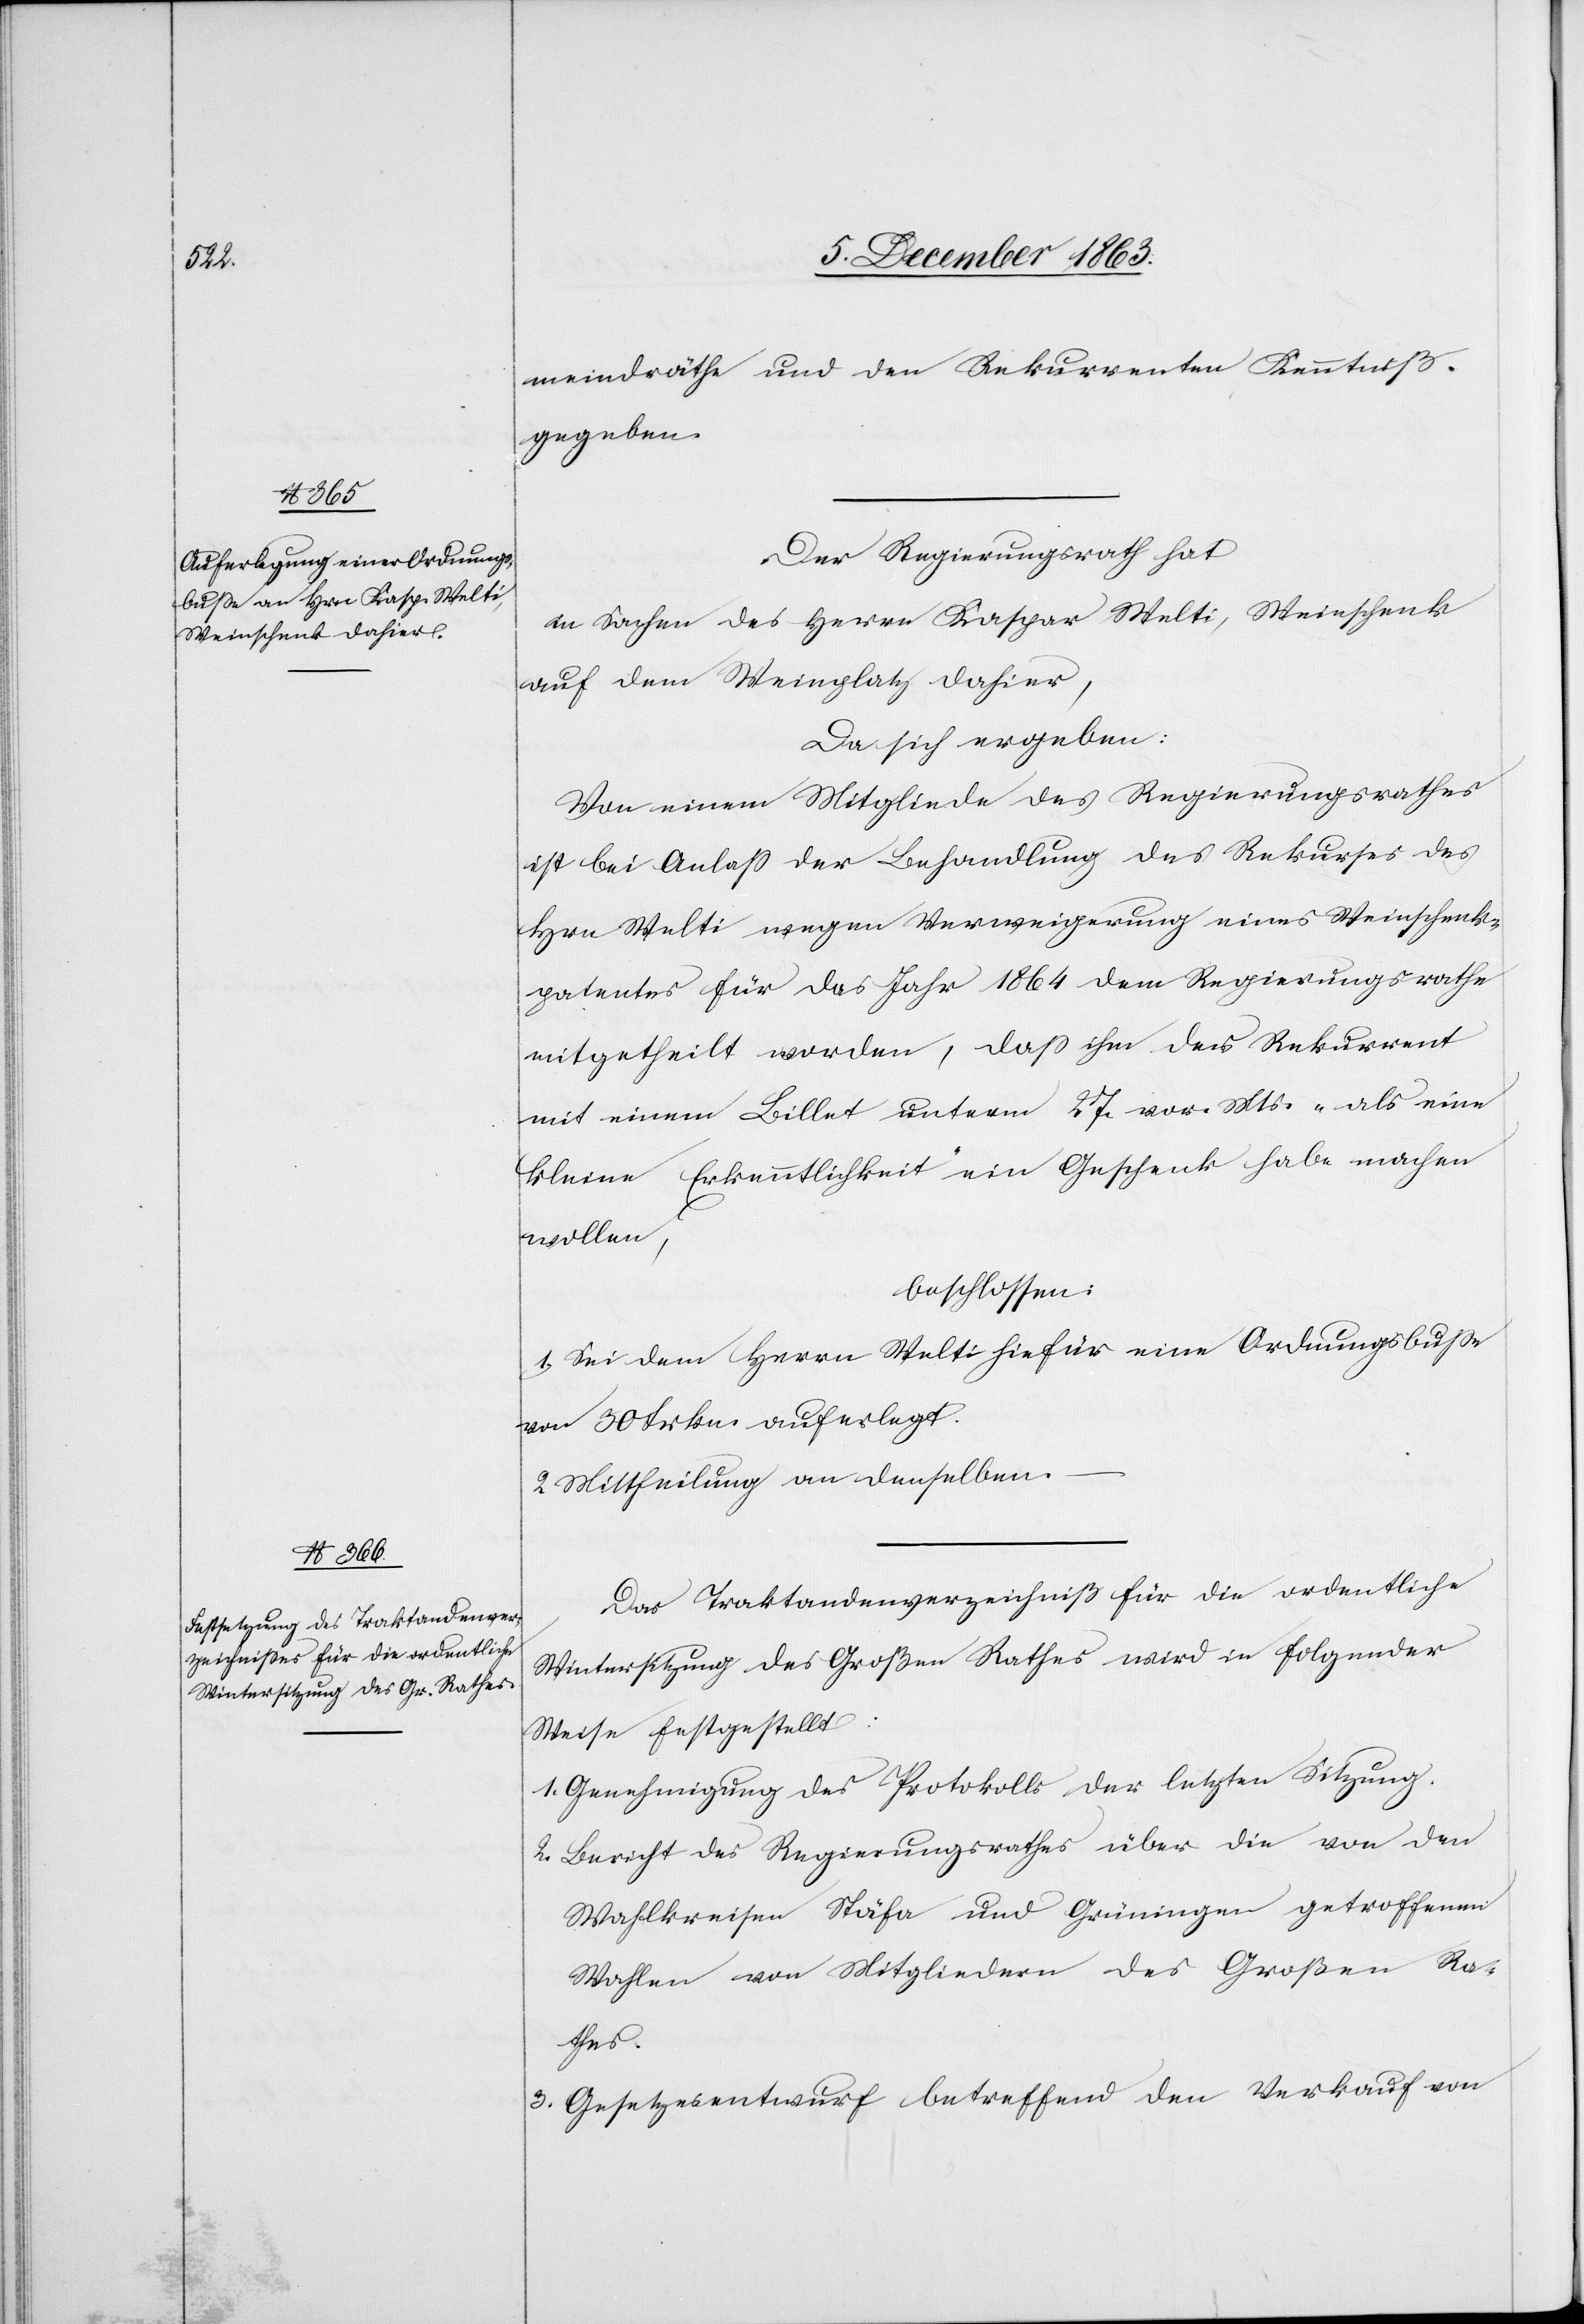
meindräthe und den Rekurrenten Kenntniß
gegeben.
Der Regierungsrath hat
in Sachen des Herren Kaspar Welti, Weinschenk
auf dem Weinplatz dahier,
Da sich ergeben:
Von einem Mitgliede des Regierungsrathes
ist bei Anlass der Behandlung des Rekurses des
Hrn Welti wegen Verweigerung eines Weinschenk¬
patentes für das Jahr 1864 dem Regierungsrathe
mitgetheilt worden, dass ihm der Rekurrent
mit einem Billet unterm 27. vor. Mts. als eine
kleine Erkenntlichkeit ein Geschenk habe machen
wollen,
beschlossen:
1. Sei dem Herrn Welti hiefür eine Ordnungsbusse
von 30 Frkn. auferlegt.
2. Mittheilung an denselben.
Das Traktandenverzeichniß für die ordentliche
Wintersitzung des Großen Rathes wird in folgender
Weise festgestellt:
1. Genehmigung des Protokolls der letzten Sitzung.
2. Bericht des Regierungsrathes über die von den
Wahlkreisen Stäfa und Grüningen getroffenen
Wahlen von Mitgliedern des Großen Rat¬
hes.
3. Gesetzesentwurf betreffend den Verkauf von